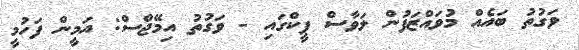
ވަގުތު ބައެއް މުވައްޒަފުން ލަވާސް ޕީކްގައި - ވަގުތު އިމޭޖްސް: އަމީން ފަހުމީ